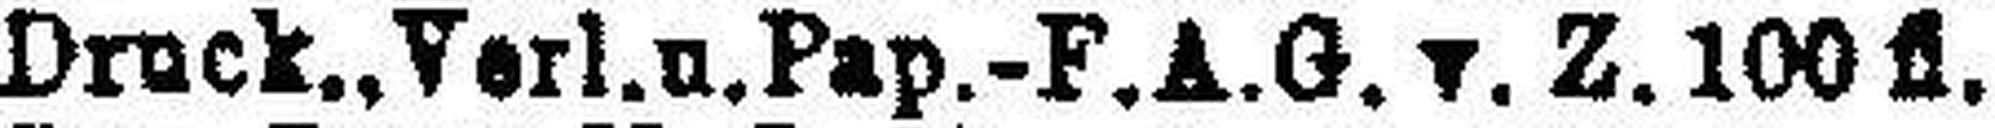
Druck.,Verl. u. Pap.-F.A.G. v. Z. 100 fl.